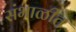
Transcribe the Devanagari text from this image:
संभाळीत